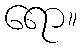
ရော။